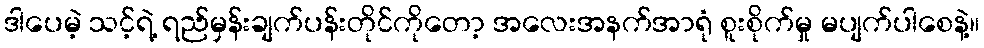
ဒါပေမဲ့ သင့်ရဲ့ ရည်မှန်းချက်ပန်းတိုင်ကိုတော့ အလေးအနက်အာရုံ စူးစိုက်မှု မပျက်ပါစေနဲ့။